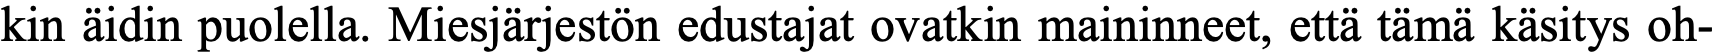
kin äidin puolella. Miesjärjestön edustajat ovatkin maininneet, että tämä käsitys oh-